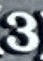
3